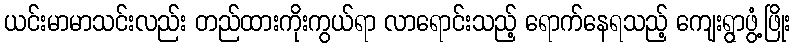
ယင်းမာမာသင်းလည်း တည်ထားကိုးကွယ်ရာ လာရောင်းသည့် ရောက်နေရသည့် ကျေးရွာဖွံ့ဖြိုး